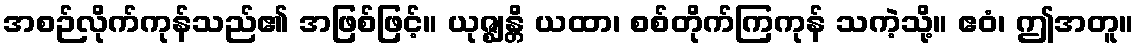
အစဉ်လိုက်ကုန်သည်၏ အဖြစ်ဖြင့်။ ယုဇ္ဈန္တိ ယထာ၊ စစ်တိုက်ကြကုန် သကဲ့သို့။ ဧဝံ၊ ဤအတူ။